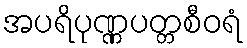
အပရိပုဏ္ဏပတ္တစီဝရံ